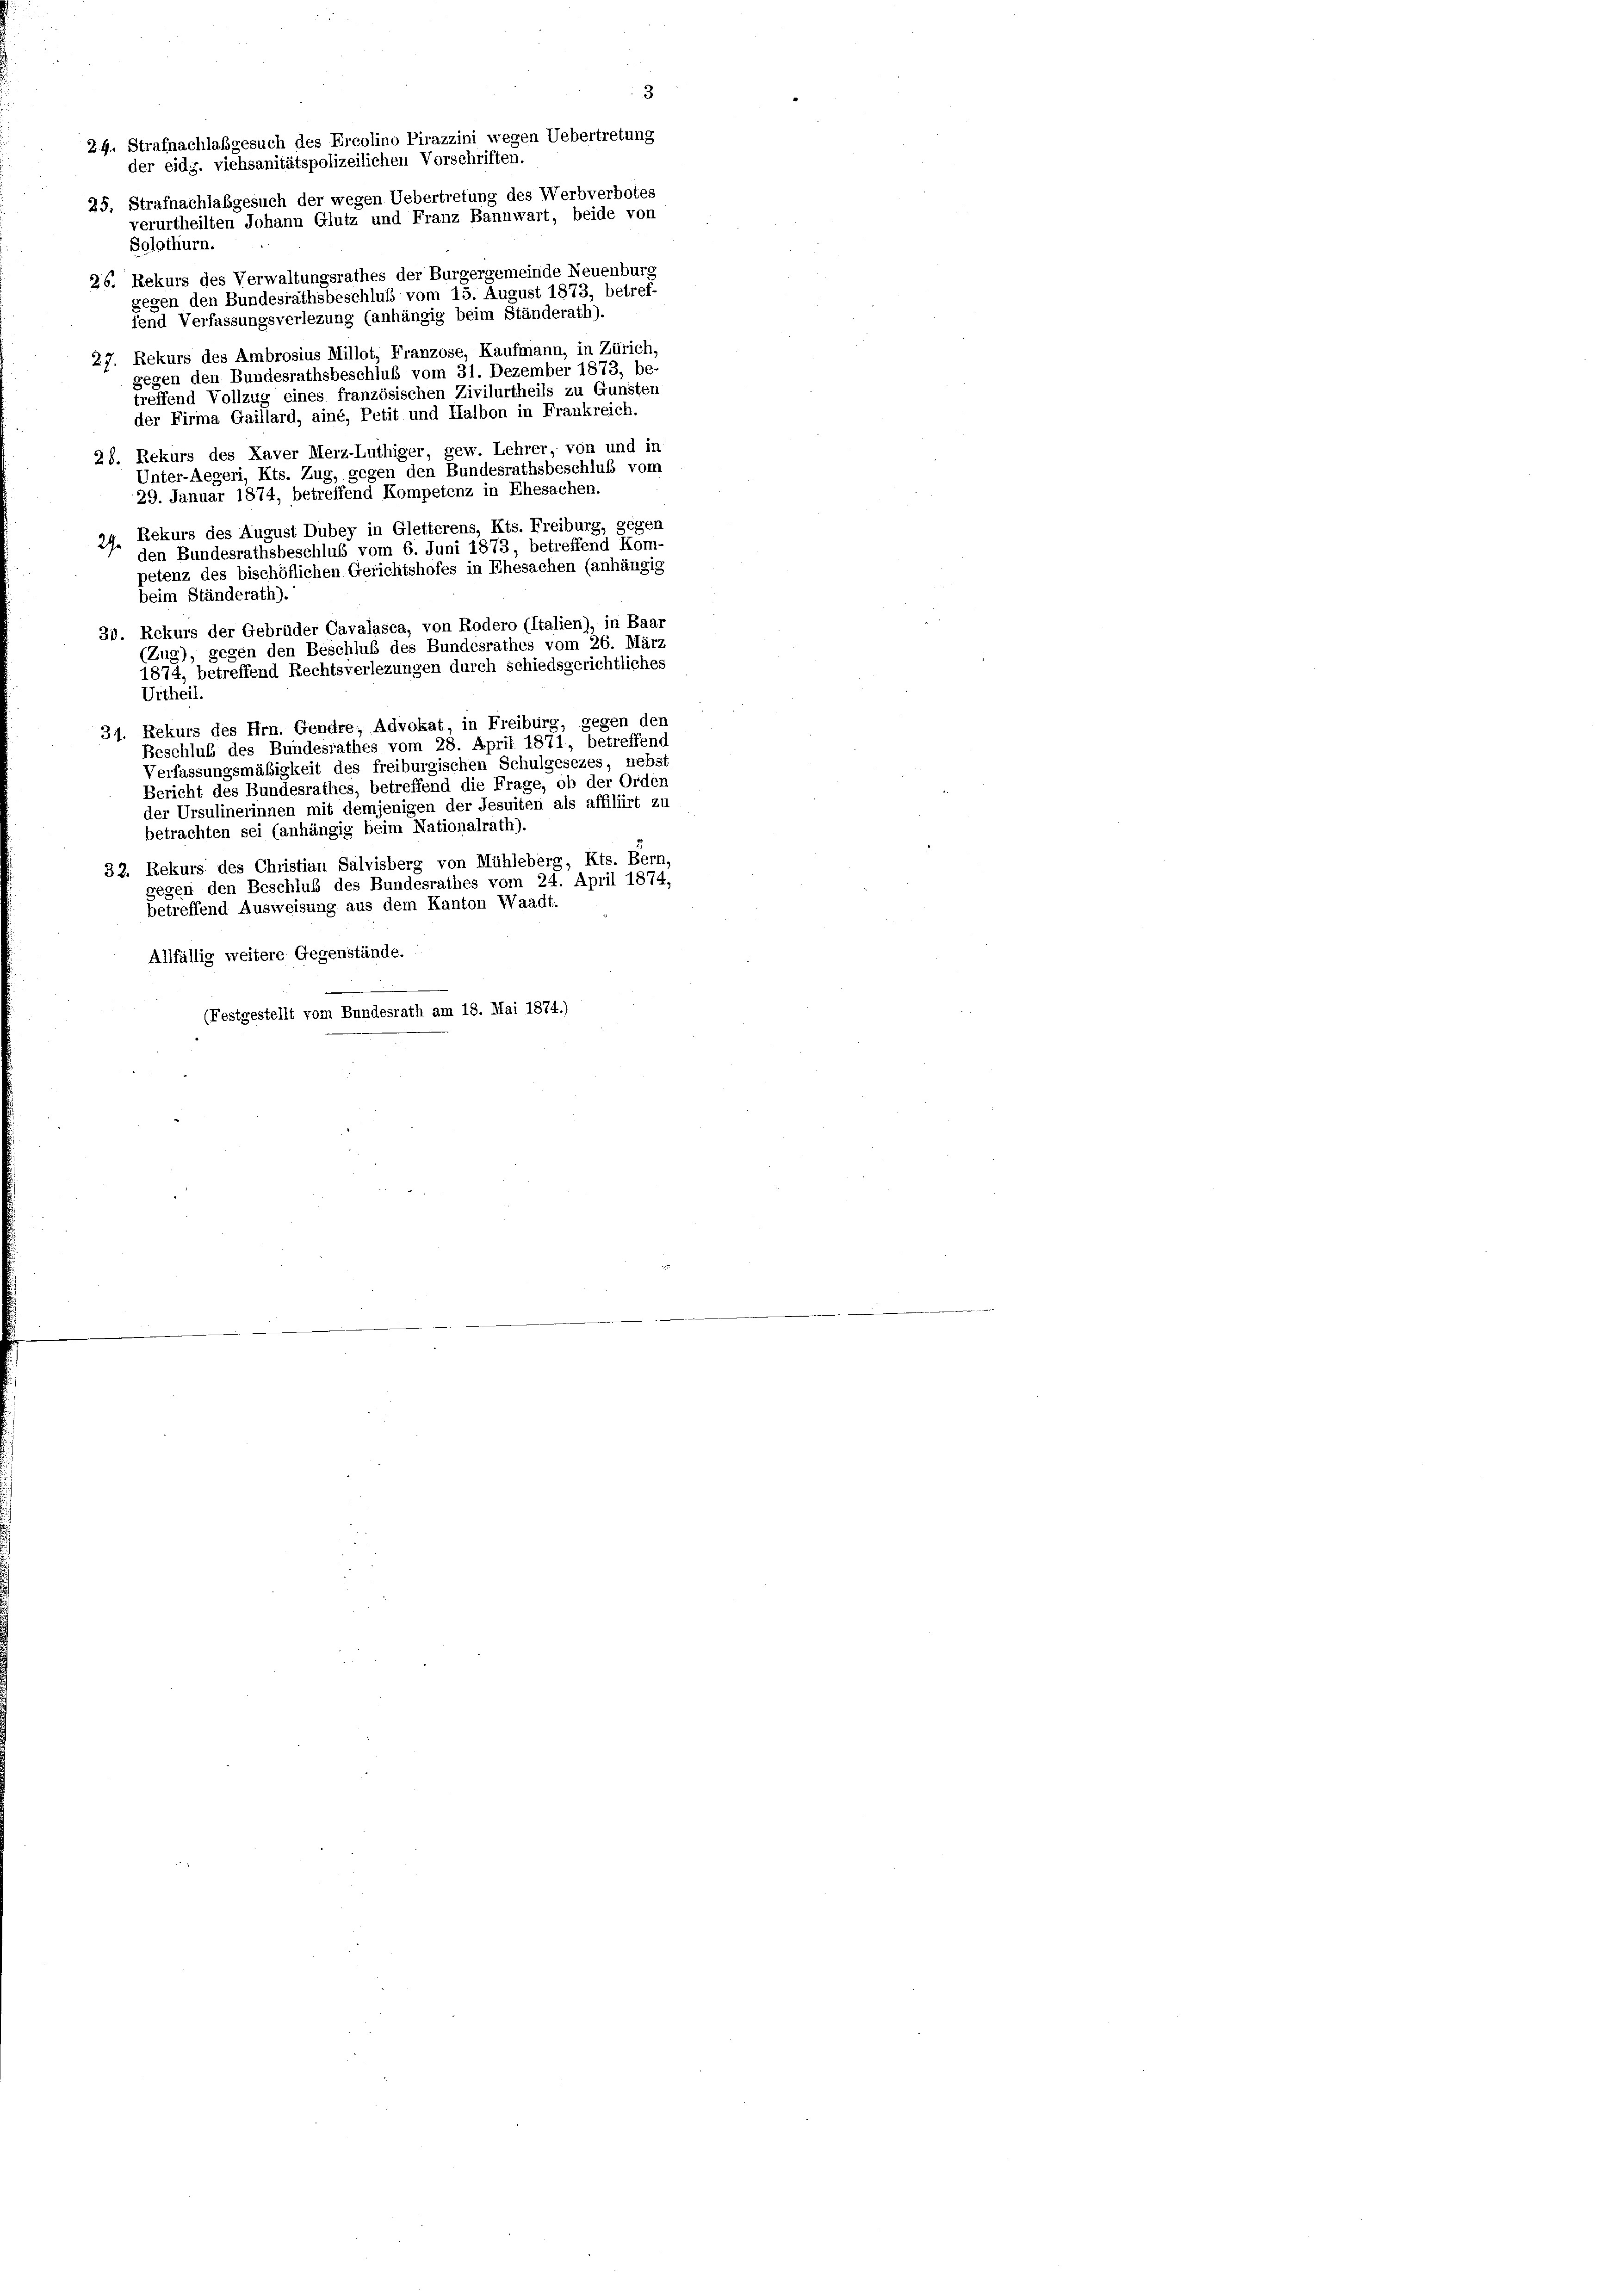
der eidg. viehsanitätspolizeilichen Vorschriften.
25, Strafnachlabgesuch der wegen Uebertretung des Werbverbotes
verurtheilten Johann Glutz und Franz Bannwart, beide von
Solothurn.
26: Rekurs des Verwaltungsrathes der Burgergemeinde Neuenburg
gegen den Bundesrathsbeschluß vom 15. August 1873, betref
fend Verfassungsverlezung (anhängig beim Ständerath).
27. Rekurs des Ambrosius Millot, Franzose, Kaufmann, in Zürich,
gegen den Bundesrathsbeschluß vom 31. Dezember 1873, be-
treffend Vollzug eines französischen Zivilurtheils zu Gunsten
der Firma Gaillard, ainé, Petit und Halbon in Frankreich.
28. Rekurs des Kaver Merz-Luthiger, gew. Lehrer, von und in
gegen den Bundesrathsbeschluß vom
Unter-Aegeri, Kts. Zug
29. Januar 1874, betreffend Kompetenz in Ehesachen.
Rekurs des August Dubey in Gletterens, Kts. Freiburg, gegen
27.
den Bundesrathsbeschluß vom 6. Juni 1873, betreffend Kom-
petenz des bischöflichen Gerichtshofes in Ehesachen (anhängig
beim Ständerath).
39. Rekurs der Gebrüder Cavalasca, von Rodero (Italien), in Baar
(Zug), gegen den Beschluß des Bundesrathes vom 26. März
1874, betreffend Rechtsverlezungen durch schiedsgerichtliches
Urtheil.
34. Rekurs des Hrn. Gendre, Advokat, in Freiburg, gegen den
Beschluß des Bundesrathes vom 28. April 1871, betreffend
Verfassungsmäßigkeit des freiburgischen Schulgesezes, nebst
Bericht des Bundesrathes, betreffend die Frage, ob der Orden
der Ursulinerinnen mit demjenigen der Jesuiten als affiliirt zu
betrachten sei (anhängig beim Nationalrath).
32. Rekurs des Christian Salvisberg von Mühleberg, Kts. Bern,
gegen den Beschluß des Bundesrathes vom 24. April 1874,
betreffend Ausweisung aus dem Kanton Waadt.
Allfällig weitere Gegenstände.
(Festgestellt vom Bundesrath am 18. Mai 1874.)

24. Strafnachlabgesuch des Ercolino Pirazzini wegen Uebertretung

3